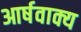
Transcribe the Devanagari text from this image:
आर्षवाक्य